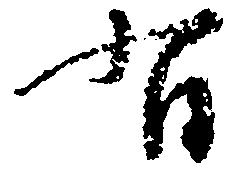
有